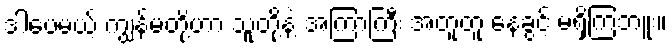
ဒါပေမယ့် ကျွန်မတို့ဟာ သူတို့နဲ့ အကြာကြီး အတူတူ နေခွင့် မရှိကြဘူး။